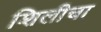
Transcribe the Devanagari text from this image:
शिलीचा